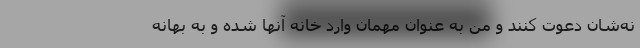
نه‌شان دعوت کنند و من به عنوان مهمان وارد خانه آنها شده و به بهانه